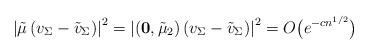
LaTeX: \begin{gather*} \left\vert\tilde{\mu}\left( v_{\Sigma} - \tilde{v}_\Sigma \right)\right\vert^2 = \left\vert \left(\mathbf{0}, \tilde{\mu}_2\right)(v_\Sigma - \tilde{v}_\Sigma)\right\vert^2= O\big(e^{-cn^{1/2}}\big)\end{gather*}